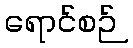
ရောင်စဉ်